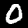
Label: 0